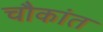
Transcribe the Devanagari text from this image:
चौकांत